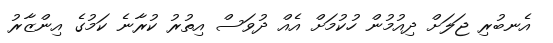
އެނބުރި ޖަލަށް ދިއުމުން ހުކުމަށް އެއް ދުވަސް އިތުރު ކުރާނެ ކަމުގެ އިންޒާރު